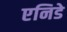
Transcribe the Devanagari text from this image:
एनिडे